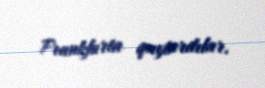
Frankfurta qaytardılar.